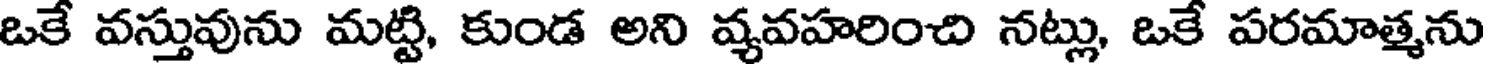
ఒకే వస్తువును మట్టి, కుండ అని వ్యవహరించి నట్లు, ఒకే పరమాత్మను